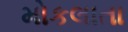
મોકલાતા